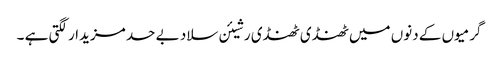
گرمیوں کے دنوں میں ٹھنڈی ٹھنڈی رشیئن سلاد بے حد مزیدار لگتی ہے ۔